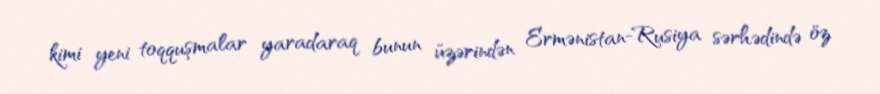
kimi yeni toqquşmalar yaradaraq bunun üzərindən Ermənistan-Rusiya sərhədində öz